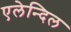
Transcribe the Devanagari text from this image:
एलेन्दिल